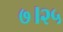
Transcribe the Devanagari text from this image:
७।२५